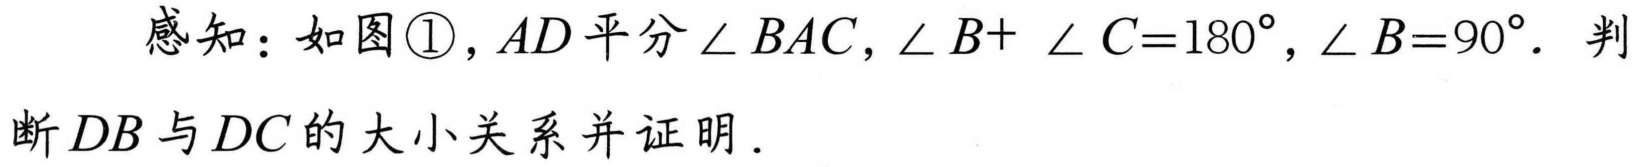
感知：如图\textcircled{1}，\(AD\) 平分 \(\angle BAC\)，\(\angle B + \angle C = 180^{\circ}\)，\(\angle B = 90^{\circ}\)．判断 \(DB\) 与 \(DC\) 的大小关系并证明．